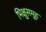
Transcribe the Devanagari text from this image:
भिक्षुसमूह